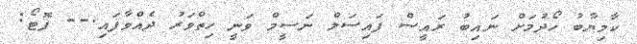
ކާމިޔާބު ހޯދުމަށް ނައިބު ރައީސް ފައިސަލް ނަސީމް ވަނީ ހިތްވަރު ދެއްވާފައި.-- ފޮޓޯ: